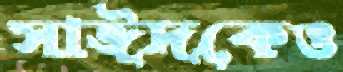
সাঈদকেও